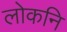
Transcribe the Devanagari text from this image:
लोकनि